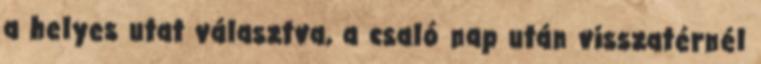
a helyes utat választva, a csaló nap után visszatérnél